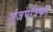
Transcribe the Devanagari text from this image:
मुंजपत्रिका